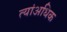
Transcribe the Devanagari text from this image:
त्यांअधिक